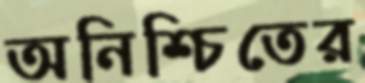
অনিশ্চিতের